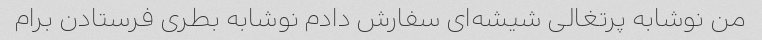
من نوشابه پرتغالی شیشه‌ای سفارش دادم نوشابه بطری فرستادن برام